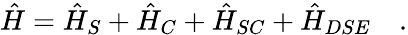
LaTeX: \hat{H}=\hat{H}_{S}+\hat{H}_{C}+\hat{H}_{SC}+\hat{H}_{DSE}\quad.